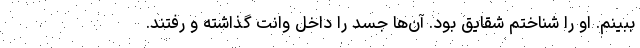
ببینم. او را شناختم شقایق بود. آن‌ها جسد را داخل وانت گذاشته و رفتند.